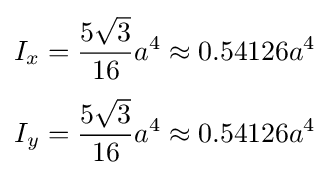
{\begin{aligned}I_{x}&={\frac {5{\sqrt {3}}}{16}}a^{4}\approx 0.54126a^{4}\\[3pt]I_{y}&={\frac {5{\sqrt {3}}}{16}}a^{4}\approx 0.54126a^{4}\end{aligned}}